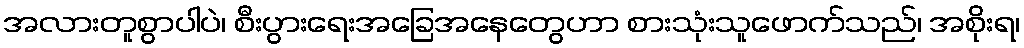
အလားတူစွာပါပဲ၊ စီးပွားရေးအခြေအနေတွေဟာ စားသုံးသူဖောက်သည်၊ အစိုးရ၊